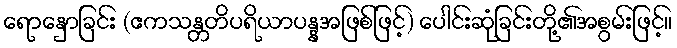
ရောနှောခြင်း (ဧကသန္တတိပရိယာပန္နအဖြစ်ဖြင့်) ပေါင်းဆုံခြင်းတို့၏အစွမ်းဖြင့်။